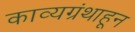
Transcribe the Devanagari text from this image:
काव्यग्रंथाहून